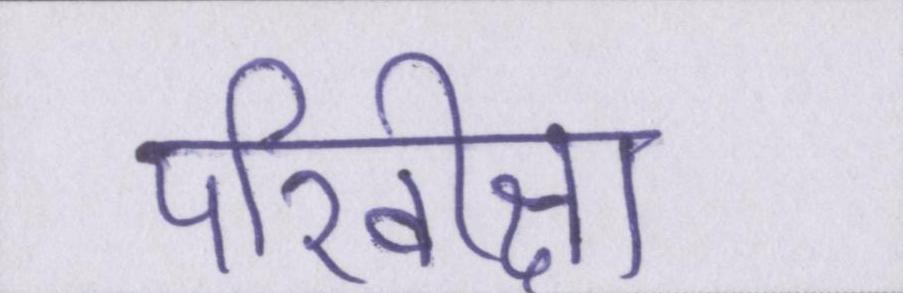
परिवीक्षा